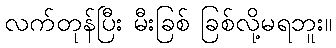
လက်တုန်ပြီး မီးခြစ် ခြစ်လို့မရဘူး။